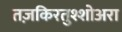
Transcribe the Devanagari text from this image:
तज़किरतुश्शोअरा